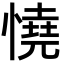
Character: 憢